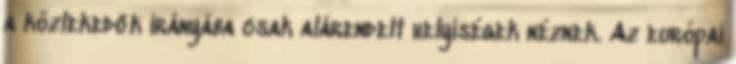
a közlekedők irányába csak alárendelt helyiségek néznek. Az európai